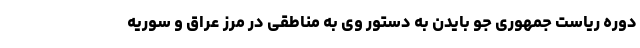
دوره ریاست جمهوری جو بایدن به دستور وی به مناطقی در مرز عراق و سوریه